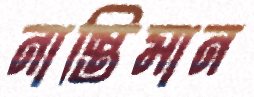
নাস্তিমান